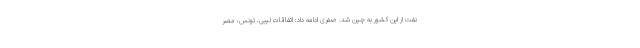
نفت از این کشور به چین شد. صفری ادامه داد: اتفاقات لیبی، تونس، مصر